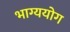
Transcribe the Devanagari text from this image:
भाग्ययोग